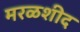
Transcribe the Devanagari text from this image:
मरळशीद